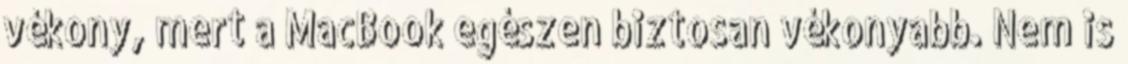
vékony, mert a MacBook egészen biztosan vékonyabb. Nem is